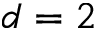
d = 2